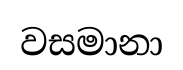
වසමානා